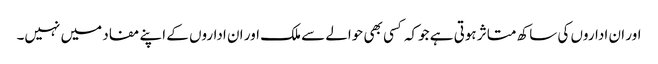
اور ان اداروں کی ساکھ متاثر ہوتی ہے جوکہ کسی بھی حوالے سے ملک اور ان اداروں کے اپنے مفاد میں نہیں۔